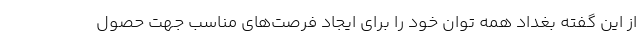
از این گفته بغداد همه توان خود را برای ایجاد فرصت‌های مناسب جهت حصول